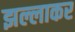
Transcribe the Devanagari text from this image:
झल्लाकर